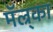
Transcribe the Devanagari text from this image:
मॅल्र्का